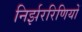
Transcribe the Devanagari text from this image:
निर्झररिणियों